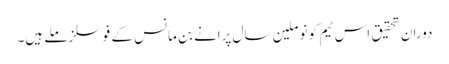
دوران تحقیق اس ٹیم کو نو ملین سال پرانے بن مانس کے فوسلز ملے ہیں۔